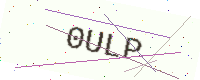
Text: 0ULP